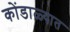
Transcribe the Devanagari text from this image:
कोंडाळ्यात